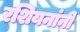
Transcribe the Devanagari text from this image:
रशियनांनी